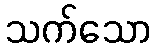
သက်သော